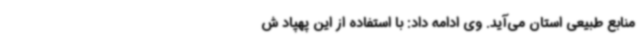
منابع طبیعی استان می‌آید. وی ادامه داد: با استفاده از این پهپاد ش